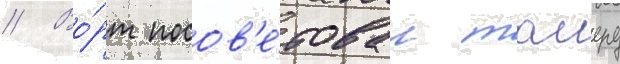
// Во́рт посов'е́товал таиеру